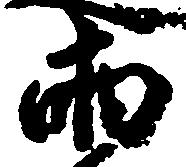
両